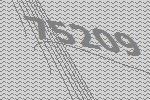
75209